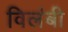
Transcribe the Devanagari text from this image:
विलंबी